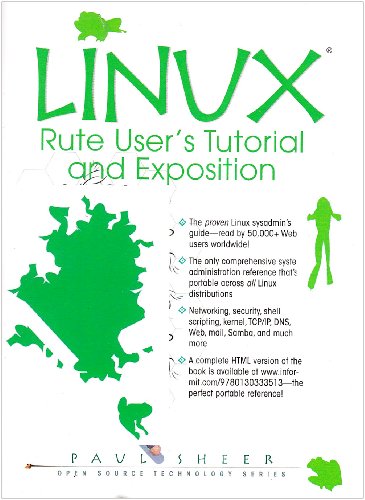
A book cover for LINUX: Rute User's Tutorial and Exposition (Book Only); Paul Sheer; Computers & Technology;